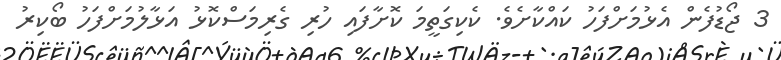
3 ޖޯޑުފެން އެޅުމަށްފަހު ކައްކާށެވެ. ކެކިގަތީމަ ކޮށާފައި ހުރި ގެރިމަސްކޮޅު އަޅާލުމަށްފަހު ބޯކިރު